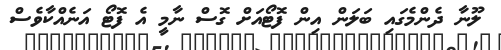
ލޫނާ ދެންމެގައި ބަލަން އިން ފޮޓޯއަށް ގޮސް ނާމީ އެ ފޮޓޯ އަނެއްކާވެސް